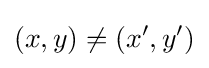
(x,y)\neq (x',y')